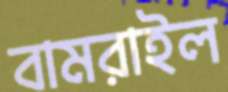
বামরাইল